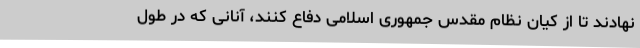
نهادند تا از کیان نظام مقدس جمهوری اسلامی دفاع کنند، آنانی که در طول